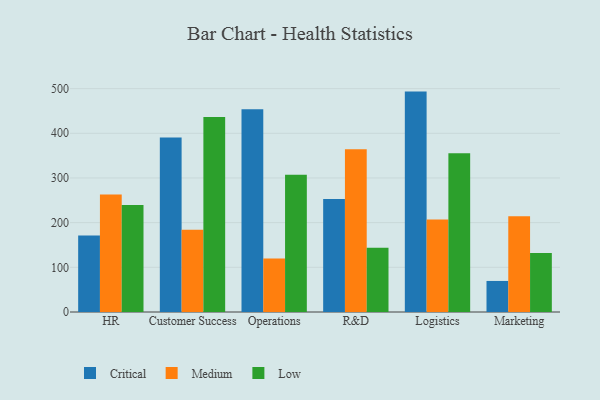
{"axis": {"x": "Department", "y": "Budget (USD K)"}, "legend": ["Critical", "Low", "Medium"], "data": [{"x": "HR", "y": 171.0, "type": "Critical"}, {"x": "HR", "y": 263.0, "type": "Medium"}, {"x": "HR", "y": 239.3, "type": "Low"}, {"x": "Customer Success", "y": 390.5, "type": "Critical"}, {"x": "Customer Success", "y": 184.3, "type": "Medium"}, {"x": "Customer Success", "y": 436.6, "type": "Low"}, {"x": "Operations", "y": 454.0, "type": "Critical"}, {"x": "Operations", "y": 120.0, "type": "Medium"}, {"x": "Operations", "y": 307.2, "type": "Low"}, {"x": "R&D", "y": 252.7, "type": "Critical"}, {"x": "R&D", "y": 364.0, "type": "Medium"}, {"x": "R&D", "y": 143.9, "type": "Low"}, {"x": "Logistics", "y": 493.3, "type": "Critical"}, {"x": "Logistics", "y": 207.2, "type": "Medium"}, {"x": "Logistics", "y": 355.1, "type": "Low"}, {"x": "Marketing", "y": 69.5, "type": "Critical"}, {"x": "Marketing", "y": 214.4, "type": "Medium"}, {"x": "Marketing", "y": 132.3, "type": "Low"}]}